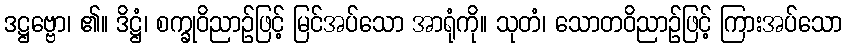
ဒဋ္ဌဗ္ဗော၊ ၏။ ဒိဋ္ဌံ၊ စက္ခုဝိညာဉ်ဖြင့် မြင်အပ်သော အာရုံကို။ သုတံ၊ သောတဝိညာဉ်ဖြင့် ကြားအပ်သော